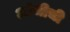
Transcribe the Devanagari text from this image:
आंभीची